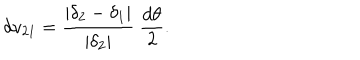
d v _ { 2 1 } = \frac { \mid \delta _ { 2 } - \delta _ { 1 } \mid } { \mid \delta _ { 2 } \mid } ~ \frac { d \theta } { 2 } .